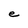
Character: e